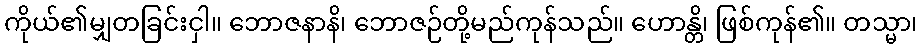
ကိုယ်၏မျှတခြင်းငှါ။ ဘောဇနာနိ၊ ဘောဇဉ်တို့မည်ကုန်သည်။ ဟောန္တိ၊ ဖြစ်ကုန်၏။ တသ္မာ၊